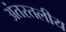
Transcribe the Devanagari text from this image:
अंतरतलीय